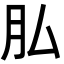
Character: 𦘯